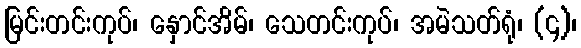
မြင်းတင်းကုပ်၊ နှောင်အိမ်၊ သေတင်းကုပ်၊ အမဲသတ်ရုံ၊ (၄)၊